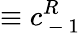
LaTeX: \equiv c_{\mathrm{~-~}1}^{R}